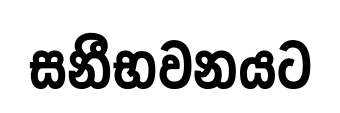
සනීභවනයට